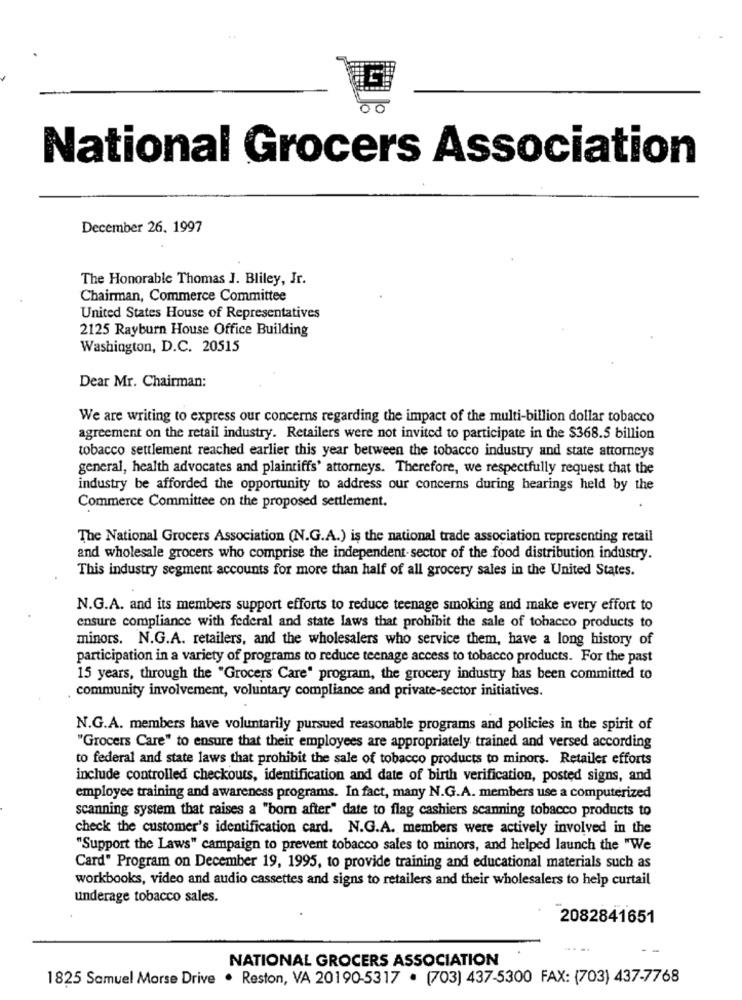
00
National Grocers Association
December 26. 1997
The Honorable Thomas J. Bliley, Jr.
Chairman, Commerce Committee
United States House of Representatives
2125 Rayburn House Office Building
Washington, D.C. 20515
Dear Mr. Chairman:
We are writing to express our concerns regarding the impact of the multi-billion dollar tobacco
agreement on the retail industry. Retailers were not invited to participate in the $368.5 billion
tobacco settlement reached earlier this year between the tobacco industry and state attorneys
general, health advocates and plaintiffs' attorneys. Therefore, we respectfully request that the
industry be afforded the opportunity to address our concerns during hearings held by the
Commerce Committee on the proposed settlement.
The National Grocers Association (N.G.A.) is the national trade association representing retail
and wholesale grocers who comprise the independent-sector of the food distribution industry.
This industry segment accounts for more than half of all grocery sales in the United States.
N.G.A. and its members support efforts to reduce teenage smoking and make every effort to
ensure compliance with federal and state laws that prohibit the sale of tobacco products to
minors. N.G.A. retailers, and the wholesalers who service them, have a long history of
participation in a variety of programs to reduce teenage access to tobacco products. For the past
15 years, through the "Grocers Care" program, the grocery industry has been committed to
community involvement, voluntary compliance and private-sector initiatives.
N.G.A. members have voluntarily pursued reasonable programs and policies in the spirit of
"Grocers Care" to ensure that their employees are appropriately trained and versed according
to federal and state laws that prohibit the sale of tobacco products to minors. Retailer efforts
include controlled checkouts, identification and date of birth verification, posted signs, and
employee training and awareness programs. In fact, many N.G.A. members use a computerized
scanning system that raises a "born after" date to flag cashiers scanning tobacco products to
check the customer's identification card. N.G.A. members were actively involved in the
"Support the Laws" campaign to prevent tobacco sales to minors, and helped launch the "We
Card" Program on December 19, 1995, to provide training and educational materials such as
workbooks, video and audio cassettes and signs to retailers and their wholesalers to help curtail
underage tobacco sales.
2082841651
NATIONAL GROCERS ASSOCIATION
1825 Samuel Morse Drive · Reston, VA 20190-5317 · (703) 437-5300 FAX: (703) 437-7768